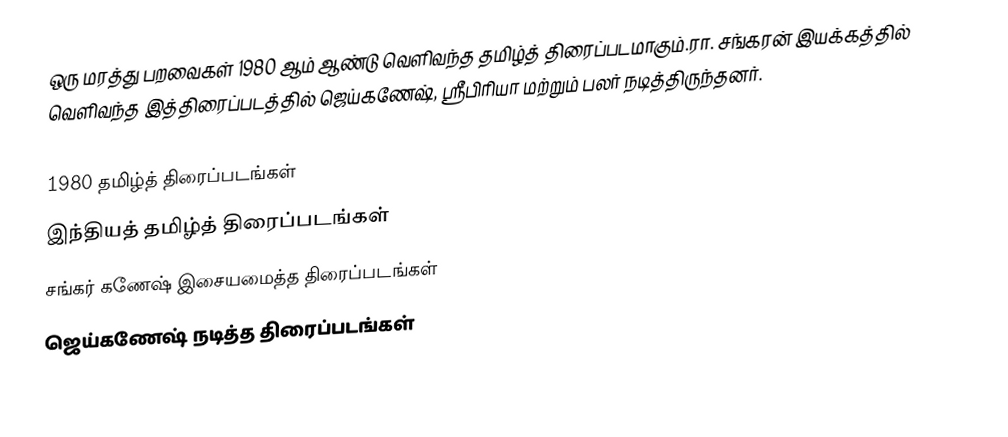
ஒரு மரத்து பறவைகள் 1980 ஆம் ஆண்டு வெளிவந்த தமிழ்த் திரைப்படமாகும்.ரா. சங்கரன் இயக்கத்தில் வெளிவந்த இத்திரைப்படத்தில் ஜெய்கணேஷ், ஸ்ரீபிரியா மற்றும் பலர் நடித்திருந்தனர்.

1980 தமிழ்த் திரைப்படங்கள்
இந்தியத் தமிழ்த் திரைப்படங்கள்
சங்கர் கணேஷ் இசையமைத்த திரைப்படங்கள்
ஜெய்கணேஷ் நடித்த திரைப்படங்கள்